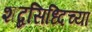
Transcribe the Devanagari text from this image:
शब्दसिध्दिच्या